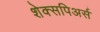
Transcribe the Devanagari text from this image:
शेक्सपिअर्स